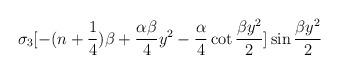
LaTeX: \begin{align*}\sigma _3 [-(n + {1 \over 4}) \beta + {\alpha \beta \over 4} y^2 -{\alpha \over 4}\cot {\beta y^2 \over 2}] \sin {\beta y^2 \over 2}\end{align*}